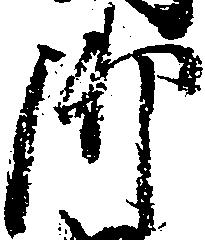
御